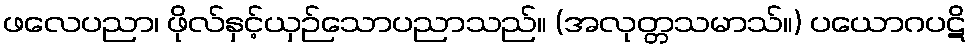
ဖလေပညာ၊ ဖိုလ်နှင့်ယှဉ်သောပညာသည်။ (အလုတ္တသမာသ်။) ပယောဂပဋိ